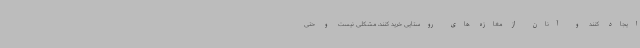
ایجاد کنند و آنان از مغازه های روستایی خرید کنند، مشکلی نیست و حتی